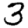
Digit: 3